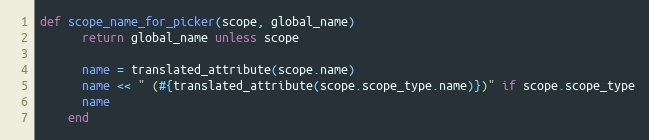
Language: Ruby
def scope_name_for_picker(scope, global_name)
      return global_name unless scope

      name = translated_attribute(scope.name)
      name << " (#{translated_attribute(scope.scope_type.name)})" if scope.scope_type
      name
    end